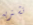
تشتريه